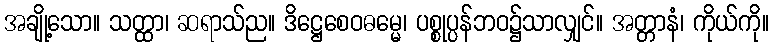
အချို့သော။ သတ္ထာ၊ ဆရာသ်ည။ ဒိဋ္ဌေစေဝဓမ္မေ၊ ပစ္စုပ္ပန်ဘဝ၌သာလျှင်။ အတ္တာနံ၊ ကိုယ်ကို။